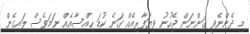
މި ދެންނެވީ ގަންނަން ޖެހުނު ވިޔަފާރިއެއް ގަނެ ކުޑަ ހިއްސާއެއް ނަމަވެސް ލައިގެން